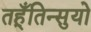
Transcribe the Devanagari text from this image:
तहूँतिन्सुयो